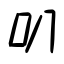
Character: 叭